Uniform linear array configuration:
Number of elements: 32
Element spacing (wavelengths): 0.75
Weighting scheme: cosine
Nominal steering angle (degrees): -15
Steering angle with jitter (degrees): -13.822
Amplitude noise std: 0.05
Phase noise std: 0.05

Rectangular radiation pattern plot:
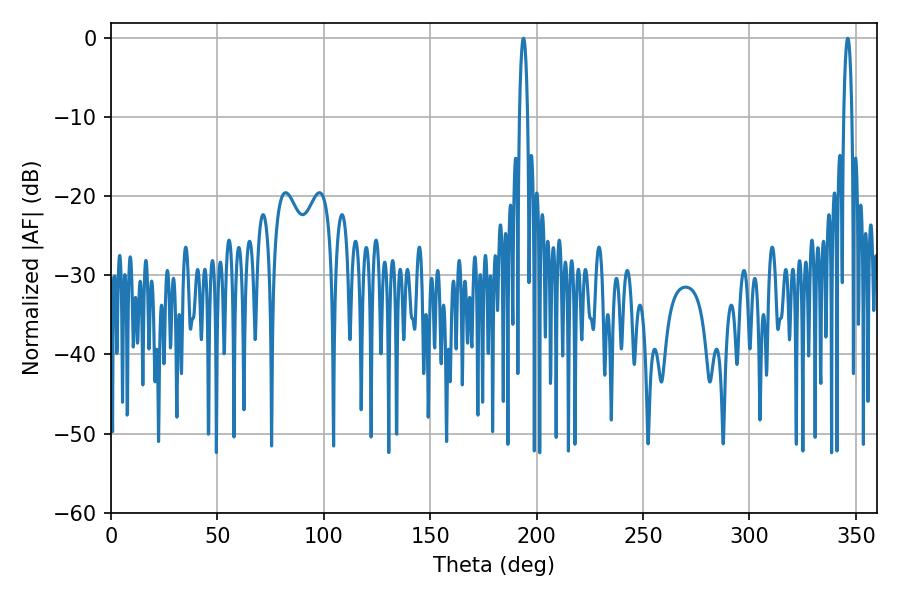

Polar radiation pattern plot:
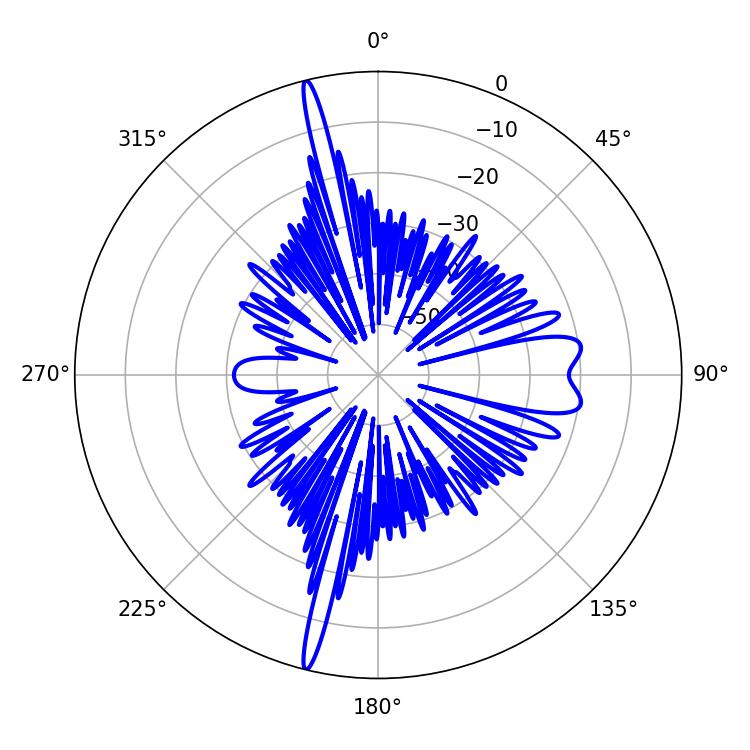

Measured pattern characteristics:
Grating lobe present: TRUE
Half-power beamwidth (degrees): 2.16
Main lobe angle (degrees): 193.86